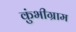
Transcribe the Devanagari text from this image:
कुंभीग्राम